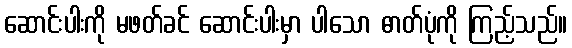
ဆောင်းပါးကို မဖတ်ခင် ဆောင်းပါးမှာ ပါသော ဓာတ်ပုံကို ကြည့်သည်။